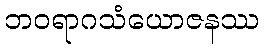
ဘဝရာဂသံယောဇနဿ